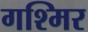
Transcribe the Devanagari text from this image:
गश्मिर